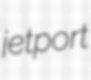
jetport